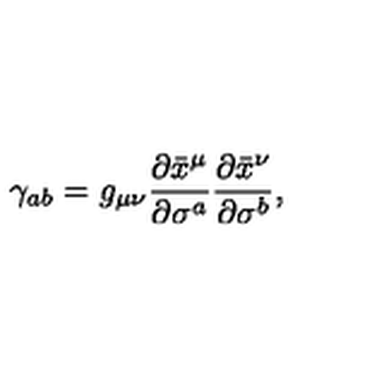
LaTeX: \gamma _ { a b } = g _ { \mu \nu } \frac { \partial \bar { x } ^ { \mu } } { \partial \sigma ^ { a } } \frac { \partial \bar { x } ^ { \nu } } { \partial \sigma ^ { b } } ,